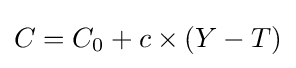
C=C_{0}+c\times (Y-T)